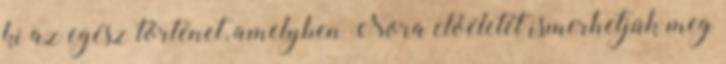
ki az egész történet, amelyben Nora előéletét ismerhetjük meg